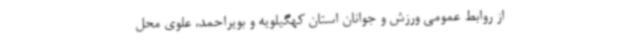
از روابط عمومی ورزش و جوانان استان کهگیلویه و بویراحمد، علوی محل